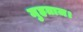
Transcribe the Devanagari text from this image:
मुहताज।